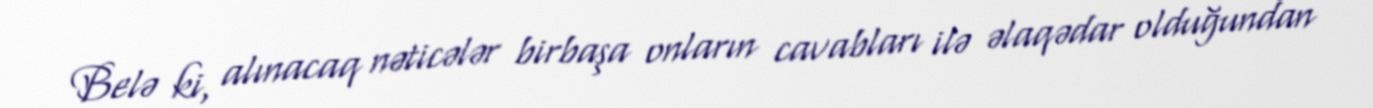
Belə ki, alınacaq nəticələr birbaşa onların cavabları ilə əlaqədar olduğundan